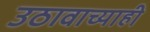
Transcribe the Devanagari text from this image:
उठावाच्याही